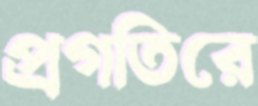
প্রগতিরে